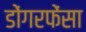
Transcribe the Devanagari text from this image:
डोंगरफेंसा